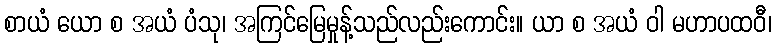
စာယံ ယော စ အယံ ပံသု၊ အကြင်မြေမှုန့်သည်လည်းကောင်း။ ယာ စ အယံ ဝါ မဟာပထဝီ၊